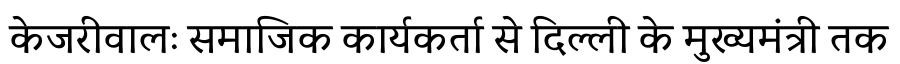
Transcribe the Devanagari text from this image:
केजरीवालः समाजिक कार्यकर्ता से दिल्ली के मुख्यमंत्री तक